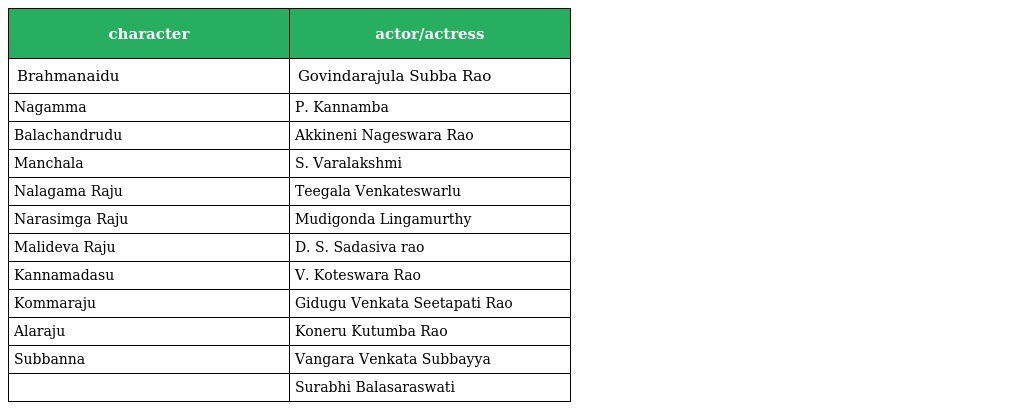
| character | actor/actress |
 | --- | --- |
 | Brahmanaidu | Govindarajula Subba Rao |
 | Nagamma | P. Kannamba |
 | Balachandrudu | Akkineni Nageswara Rao |
 | Manchala | S. Varalakshmi |
 | Nalagama Raju | Teegala Venkateswarlu |
 | Narasimga Raju | Mudigonda Lingamurthy |
 | Malideva Raju | D. S. Sadasiva rao |
 | Kannamadasu | V. Koteswara Rao |
 | Kommaraju | Gidugu Venkata Seetapati Rao |
 | Alaraju | Koneru Kutumba Rao |
 | Subbanna | Vangara Venkata Subbayya |
 |  | Surabhi Balasaraswati |